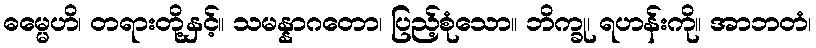
ဓမ္မေဟိ၊ တရားတို့နှင့်။ သမန္နာဂတော၊ ပြည့်စုံသော။ ဘိက္ခု၊ ရဟန်းကို။ အာဘတံ၊